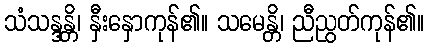
သံသန္ဒန္တိ၊ နှီးနှောကုန်၏။ သမေန္တိ၊ ညီညွတ်ကုန်၏။